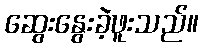
ဆွေးနွေးခဲ့ဖူးသည်။